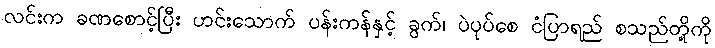
လင်းက ခဏစောင့်ပြီး ဟင်းသောက် ပန်းကန်နှင့် ခွက်၊ ပဲပုပ်စေ ငံပြာရည် စသည်တို့ကို